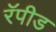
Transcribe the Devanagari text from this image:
रॅपीड